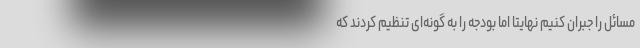
مسائل را جبران کنیم نهایتا اما بودجه را به گونه‌ای تنظیم کردند که